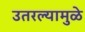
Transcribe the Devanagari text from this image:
उतरल्यामुळे